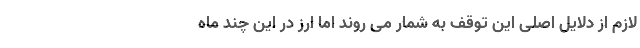
لازم از دلایل اصلی این توقف به شمار می روند اما ارز در این چند ماه